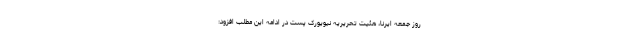
روز جمعه ایرنا، هئیت تحریریه نیویورک پست در ادامه این مطلب افزود: